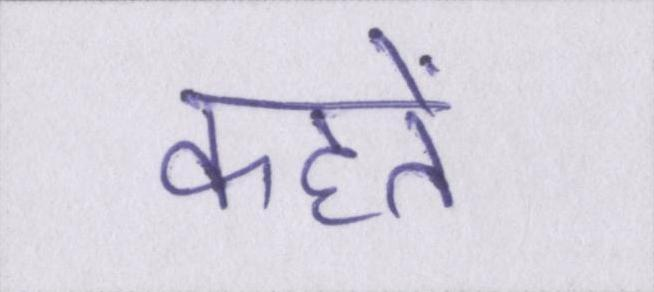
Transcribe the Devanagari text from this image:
कहतें